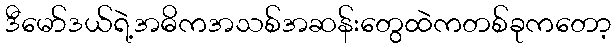
ဒီမော်ဒယ်ရဲ့အဓိကအသစ်အဆန်းတွေထဲကတစ်ခုကတော့